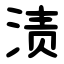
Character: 渍